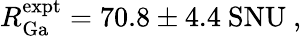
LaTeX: R_{\mathrm{Ga}}^{\mathrm{expt}}=70.8\pm 4.4\mathrm{\ SNU}\ ,